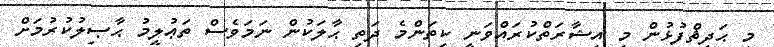
މި ޙަދީޘްފުޅުން މި އިޝާރަތްކުރައްވަނީ ކިތަންމެ ދަތި ޙާލަކުން ނަމަވެސް ތަޢުލީމު ޙާޞިލުކުރުމަށް